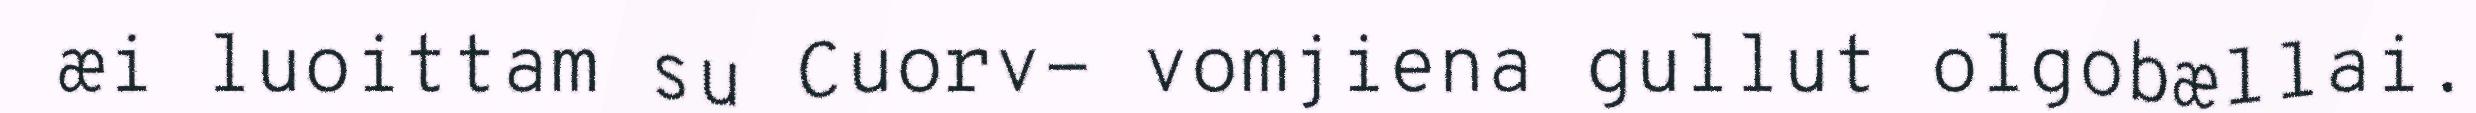
æi luoittam su Cuorv- vomjiena gullut olgobællai.